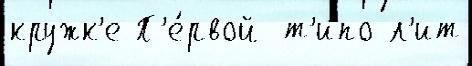
кружк'е П'е́рвой  т'ипо-л'ит